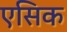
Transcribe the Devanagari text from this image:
एसिक